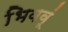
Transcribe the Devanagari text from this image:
भिववूं